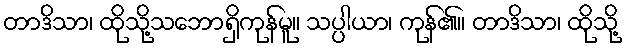
တာဒိသာ၊ ထိုသို့သဘောရှိကုန်မူ။ သပ္ပါယာ၊ ကုန်၏။ တာဒိသာ၊ ထိုသို့